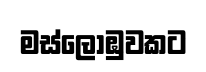
මස්ලොඹුවකට